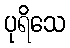
ပုရိသေ